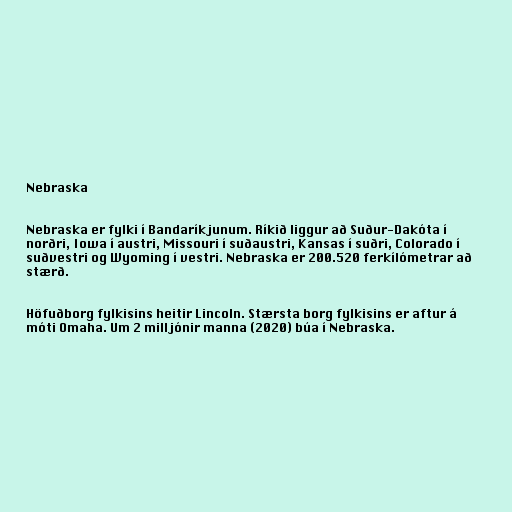
Nebraska

Nebraska er fylki í Bandaríkjunum. Ríkið liggur að Suður-Dakóta í
norðri, Iowa í austri, Missouri í suðaustri, Kansas í suðri, Colorado í
suðvestri og Wyoming í vestri. Nebraska er 200.520 ferkílómetrar að
stærð.

Höfuðborg fylkisins heitir Lincoln. Stærsta borg fylkisins er aftur á
móti Omaha. Um 2 milljónir manna (2020) búa í Nebraska.